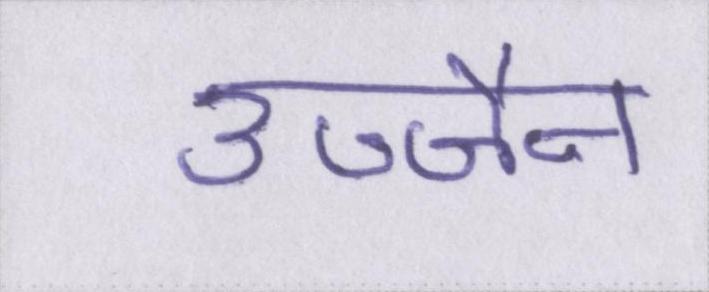
उज्जैन